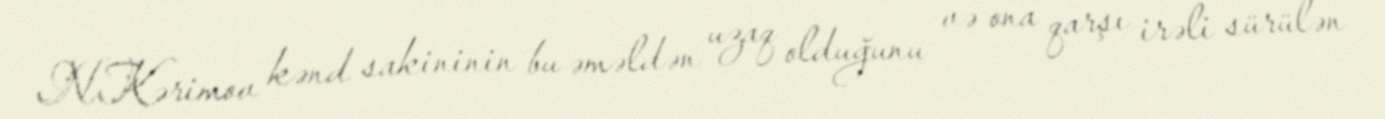
N.Kərimov kənd sakininin bu əməldən uzaq olduğunu və ona qarşı irəli sürülən